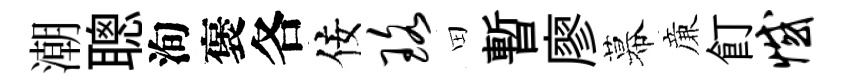
潮聰洵褒各佞珞田暫廖幕亷飣憾